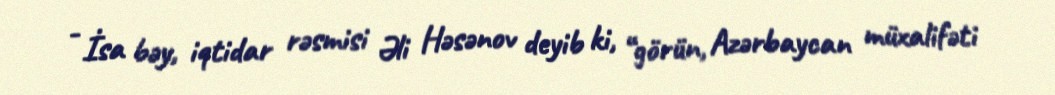
- İsa bəy, iqtidar rəsmisi Əli Həsənov deyib ki, “görün, Azərbaycan müxalifəti